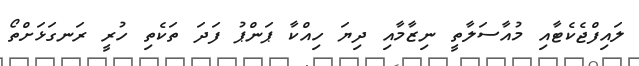
ލައިފްޖެކެޓާއި މުއާސަލާތީ ނިޒާމާއި ދިޔަ ހިއްކާ ޕަންޕު ފަދަ ތަކެތި ހުރީ ރަނގަޅަށްތޯ